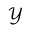
\mathcal { Y }